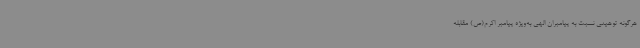
هرگونه توهینی نسبت به پیامبران الهی به‌ویژه پیامبر اکرم(ص) مقابله